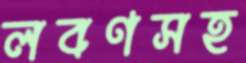
লবণসহ